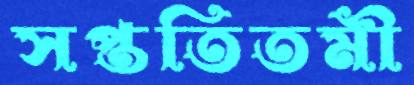
সপ্ততিতমী